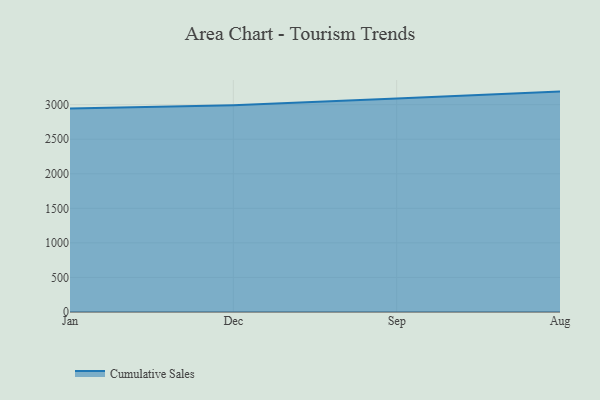
{"axis": {"x": "Month", "y": "Conversion Rate (%)"}, "legend": ["Cumulative Sales"], "data": [{"x": "Jan", "y": 2945.4, "type": "Cumulative Sales"}, {"x": "Dec", "y": 2992.7, "type": "Cumulative Sales"}, {"x": "Sep", "y": 3090.2, "type": "Cumulative Sales"}, {"x": "Aug", "y": 3188.9, "type": "Cumulative Sales"}]}